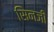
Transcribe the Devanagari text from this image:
सिनजी